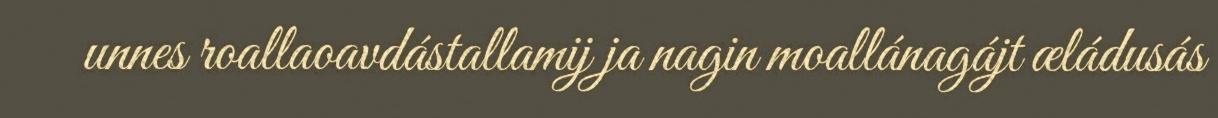
unnes roallaoavdástallamij ja nagin moallánagájt æládusás